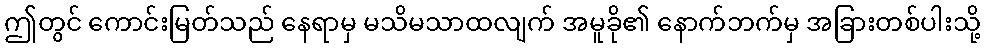
ဤတွင် ကောင်းမြတ်သည် နေရာမှ မသိမသာထလျက် အမူခို၏ နောက်ဘက်မှ အခြားတစ်ပါးသို့